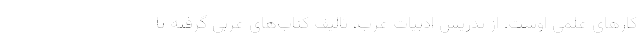
کارهای علمی اوست. از تدریس ادبیات عرب، تالیف کتاب‌های عربی گرفته تا